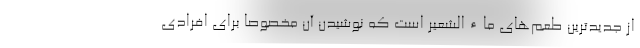
از جدیدترین طعم‌های ماءالشعیر است که نوشیدن آن مخصوصاً برای افرادی